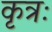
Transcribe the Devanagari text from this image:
कृत्रः